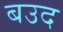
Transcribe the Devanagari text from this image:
बउद